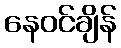
နေဝင်ချိန်